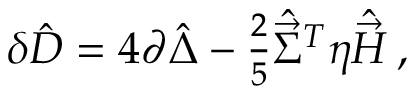
\delta \hat { D } = 4 \partial \hat { \Delta } - { \textstyle \frac { 2 } { 5 } } \hat { \vec { \Sigma } } { } ^ { T } \eta \hat { \vec { \cal H } } \, ,